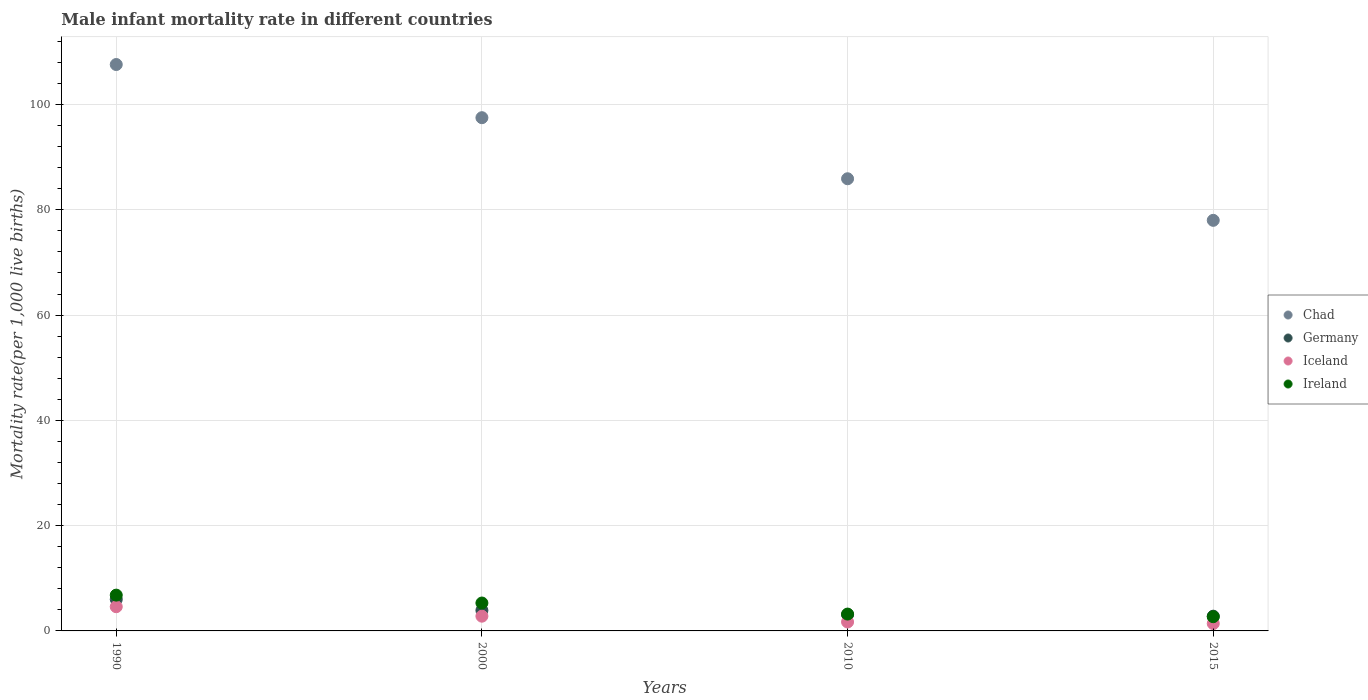
| Years | Chad | Germany | Iceland | Ireland |
 | --- | --- | --- | --- | --- |
 | 1990 | 108 | 6 | 4.6 | 6.8 |
 | 2000 | 97.5 | 3.9 | 2.8 | 5.3 |
 | 2010 | 85.9 | 3.1 | 1.7 | 3.2 |
 | 2015 | 78 | 2.8 | 1.4 | 2.7 |